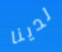
لدينا